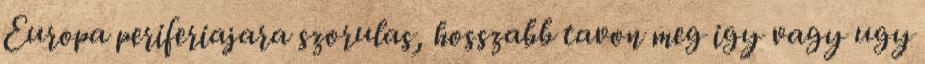
Europa periferiajara szorulas, hosszabb tavon meg igy vagy ugy